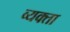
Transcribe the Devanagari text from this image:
व्यक्ता